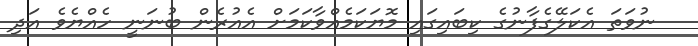
ނުވަތަ އެކަލޭގެފާނުގެ ކިބައިގައި މޮޔަކަމެއްވާކަމަށް އެއުރެން ބުނަނީ ހެއްޔެވެ އަދި